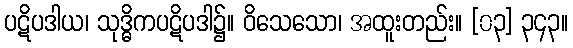
ပဋိပဒါယ၊ သုဒ္ဓိကပဋိပဒါ၌။ ဝိသေသော၊ အထူးတည်း။ [၀၃] ၃၄၃။